Lunatic asylums Bombay report 1878-1890 - 1878-1890
Year: 1878
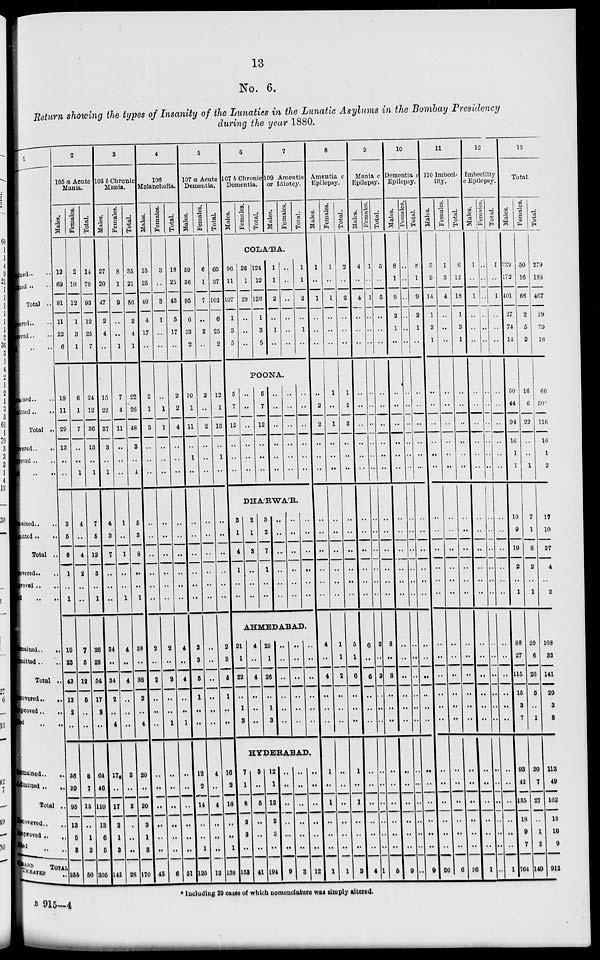
13
No. 6.
Return showing the types of Insanity of the Lunatics in the Lunatic Asylums in the Bombay Presidency
during the year 1880.
1
ned.. ..
ted .. ..
Total ..
ered.. ..
ved .. ..
.. ..
ined .. ..
itted .. ..
Total ..
vered ..
..
oved .. ..
.. ..
ained .. ..
mitted..
..
Total ..
vered.. ..
oved .. ..
.. ..
mained..
..
mitted ..
Total ..
overed..
..
proved .. ..
d
..
..
mained..
..
mitted .. ..
Total ..
covered.. ..
proved .. ..
ed ..
GRAND TOTAL
TREATED ..
2
105 a Acute
Mania.
Males.
12
69
81
11
22
6
18
11
29
13
..
..
3
5
8
1
..
1
19
23
42
12
2
..
56
39
95
13
5
3
255
Females.
2
10
12
1
3
1
6
1
7
..
..
1
4
..
4
2
..
..
7
5
12
5
..
..
8
7
15
..
1
2
50
Total.
14
79
93
12
25
7
24
12
36
13
..
1
7
5
12
3
..
1
26
28
54
17
2
..
64
46
110
13
6
5
306
3
105 b Chronic
Mania.
Males.
27
20
47
2
4
..
15
22
37
3
..
1
4
3
7
..
..
..
34
..
34
2
..
4
17
..
17
3
1
3
142
Females.
8
1
9
..
..
1
7
4
11
..
..
..
1
..
1
..
..
1
4
..
4
..
..
..
3
..
3
..
..
..
28
Total.
35
21
56
2
4
1
22
26
48
3
..
1
5
3
8
..
..
1
38
..
38
2
..
4
20
..
20
3
1
3
170
4
106
Melancholia.
Males.
15
25
40
4
17
..
2
1
3
..
..
..
..
..
..
..
..
..
2
..
2
..
..
..
..
..
..
..
..
..
45
Females.
3
..
3
1
..
..
..
1
1
..
..
..
..
..
..
..
..
..
2
..
2
..
..
1
..
..
..
..
..
..
6
Total.
18
25
43
5
17
..
2
2
4
..
..
..
..
..
..
..
..
..
4
..
4
..
..
1
..
..
..
..
..
..
51
5
107 a Acute
Dementia.
Males.
59
36
95
6
23
2
10
1
11
..
1
..
..
..
..
..
..
..
2
3
5
1
..
..
12
2
14
..
..
1
125
Females.
6
1
7
..
2
..
2
..
2
..
..
..
..
..
..
..
..
..
..
..
..
..
..
..
4
..
4
..
..
..
13
Total.
65
37
102
6
25
2
12
1
13
..
1
..
..
..
..
..
..
..
2
3
5
1
..
..
16
2
18
..
..
1
138
6
107 b Chronic
Dementia.
Males.
Females.
Total.
7
109 Amentia
or Idiotcy.
Males.
Females.
Total.
COLA'BA.
96
11
107
1
3
5
28
1
29
..
..
..
124
12
136
1
3
5
1
1
2
..
1
..
..
..
..
..
..
..
1
1
2
..
1
..
POONA.
5
7
12
..
..
..
..
..
..
..
..
..
5
7
12
..
..
..
..
..
..
..
..
..
..
..
..
..
..
..
..
..
..
..
..
..
DHA'RWA'R.
3
1
4
1
..
..
2
1
3
..
..
..
5
2
7
1
..
..
..
..
..
..
..
..
..
..
..
..
..
..
..
..
..
..
..
..
AHMEDABAD.
21
1
22
..
1
3
4
..
4
..
..
..
25
1
26
..
1
3
..
..
..
..
..
..
..
..
..
..
..
..
..
..
..
..
..
..
HYDERABAD.
7
1
8
2
3
..
153
5
..
5
..
..
..
41
12
1
13
2
3
..
194
..
..
..
..
..
..
9
..
..
..
..
..
..
3
..
..
..
..
..
..
12
8
Amentia c
Epilepsy.
Males.
1
..
1
..
..
..
..
2
2
..
..
..
..
..
..
..
..
..
4
..
4
..
..
..
1
..
1
..
..
..
1
Females.
1
..
1
..
..
..
1
..
1
..
..
..
..
..
..
..
..
..
1
1
2
..
..
..
..
..
..
..
..
..
1
Total.
2
..
2
..
..
..
1
2
3
..
..
..
..
..
..
..
..
..
5
1
6
..
..
..
1
..
1
..
..
..
2
9
Mania c
Epilepsy.
Males.
4
..
4
..
..
..
..
..
..
..
..
..
..
..
..
..
..
..
6
..
6
..
..
..
..
..
..
..
..
..
4
Females.
1
..
1
..
..
..
..
..
..
..
..
..
..
..
..
..
..
..
2
..
2
..
..
..
..
..
..
..
..
..
1
Total.
5
..
5
..
..
..
..
..
..
..
..
..
..
..
..
..
..
..
8
..
8
..
..
..
..
..
..
..
..
..
5
10
Dementia c
Epilepsy.
Males.
8
1
9
2
1
..
..
..
..
..
..
..
..
..
..
..
..
..
..
..
..
..
..
..
..
..
..
..
..
..
9
Females.
..
..
..
..
..
..
..
..
..
..
..
..
..
..
..
..
..
..
..
..
..
..
..
..
..
..
..
..
..
..
..
Total.
8
1
9
2
1
..
..
..
..
..
..
..
..
..
..
..
..
..
..
..
..
..
..
..
..
..
..
..
..
..
9
11
110 Imbeci-
lity.
Males.
5
9
14
1
3
1
..
..
..
..
..
..
..
..
..
..
..
..
..
..
..
..
..
..
..
..
..
..
..
..
20
Females.
1
3
4
..
..
..
..
..
..
..
..
..
..
..
..
..
..
..
..
..
..
..
..
..
..
..
..
..
..
..
6
Total.
6
12
18
1
3
1
..
..
..
..
..
..
..
..
..
..
..
..
..
..
..
..
..
..
..
..
..
..
..
..
26
12
Imbecility
c Epilepsy.
Males.
1
..
1
..
..
..
..
..
..
..
..
..
..
..
..
..
..
..
..
..
..
..
..
..
..
..
..
..
..
..
1
Females.
..
..
..
..
..
..
..
..
..
..
..
..
..
..
..
..
..
..
..
..
..
..
..
..
..
..
..
..
..
..
..
Total.
1
..
1
..
..
..
..
..
..
..
..
..
..
..
..
..
..
..
..
..
..
..
..
..
..
..
..
..
..
..
1
13
Total.
Males.
229
172
401
27
74
14
50
44
94
16
1
1
10
9
19
2
..
1
88
27
115
15
3
7
93
42
135
18
9
7
764
Females.
50
16
66
2
5
2
16
6
22
..
..
1
7
1
8
2
..
1
20
6
26
5
..
1
20
7
27
..
1
2
149
Total.
279
188
467
29
79
16
66
50
116
16
1
2
17
10
27
4
..
2
108
33
141
20
3
8
113
49
162
18
10
9
913
* Including 29 cases of which nomenclature was simply altered.
B 915—4